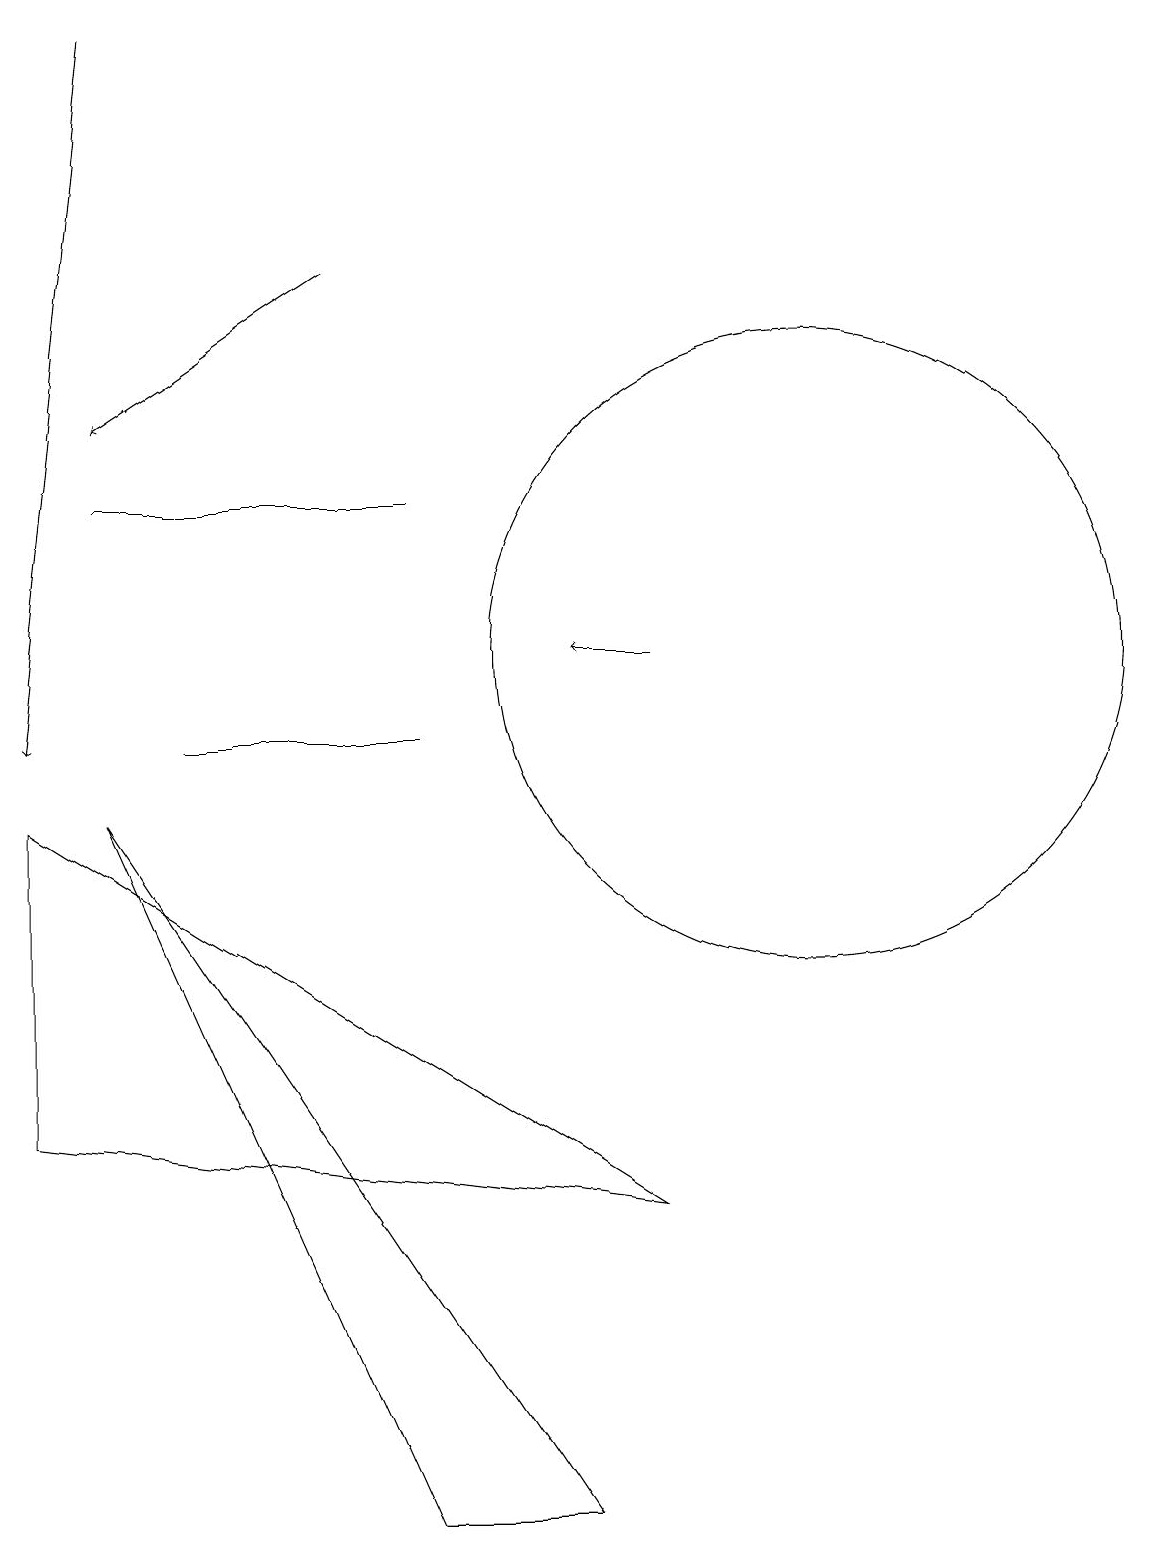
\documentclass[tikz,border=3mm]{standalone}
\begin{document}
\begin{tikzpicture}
\draw (1,5) -- (1,9) -- (9,4) -- cycle;
\draw[->] (5,16) -- (2,14);
\draw (11,11) circle (4);
\draw (2,13) rectangle (6,13);
\draw (6,10) rectangle (3,10);
\draw[->] (9,11) -- (8,11);
\draw (2,9) -- (8,0) -- (6,0) -- cycle;
\draw[->] (2,19) -- (1,10);
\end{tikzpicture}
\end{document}